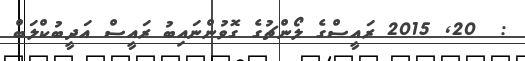
:  20